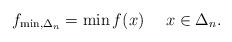
LaTeX: \begin{align*}f_{\min,\Delta_n}=\min f(x)\ \ \ \ x\in\Delta_n.\end{align*}